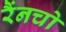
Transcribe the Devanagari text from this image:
रैंनचो